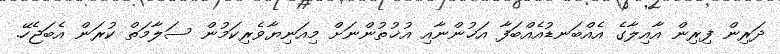
ދަރިން ފިރިން އާއިލާގެ އެއްބަނޑުއެއްބަފާ އަޚުންނާއި އުޚުތުންނަށް މިއަނިޔާވެރިކަމުން ސަލާމަތް ކުރަން އެބަޖެހޭ.